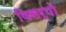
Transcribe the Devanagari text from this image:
विसर्पो